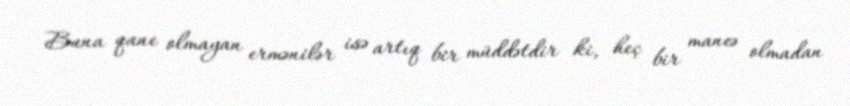
Buna qane olmayan ermənilər isə artıq bir müddətdir ki, heç bir maneə olmadan